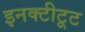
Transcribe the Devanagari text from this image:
इनक्टीटूट